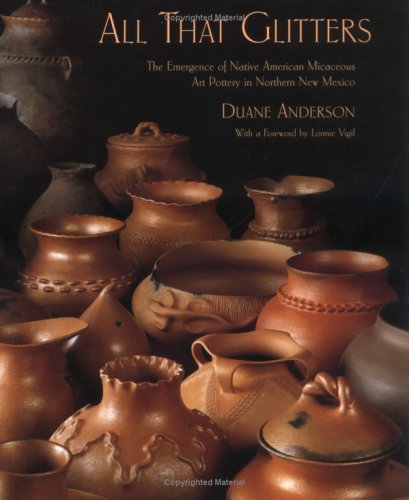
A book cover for All That Glitters: The Emergence of Native American Micaceous Art Pottery in Northern New Mexico; Duane Anderson; Arts & Photography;